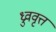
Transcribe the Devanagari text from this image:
ध्रुववृत्त